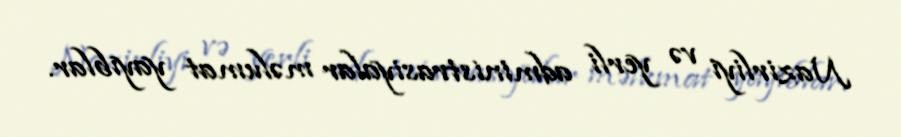
Nazirliyi və yerli administrasiyalar məlumat yayıblar.